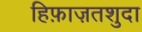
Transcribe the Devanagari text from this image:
हिफ़ाज़तशुदा